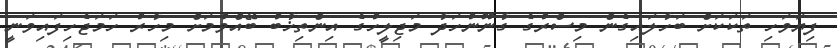
ފިޔަވަހި ތަކަކަށް ބަހާލައިގެން މިސްރުގެ ގާނޫނުހަދާ މަޖިލީހުގެ އިންތިޚާބު ބޭއްވުމަށް މިހާރު ހަމަޖެހިފައިވަނީ